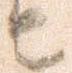
由